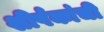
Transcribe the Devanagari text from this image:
शीर्षकांची